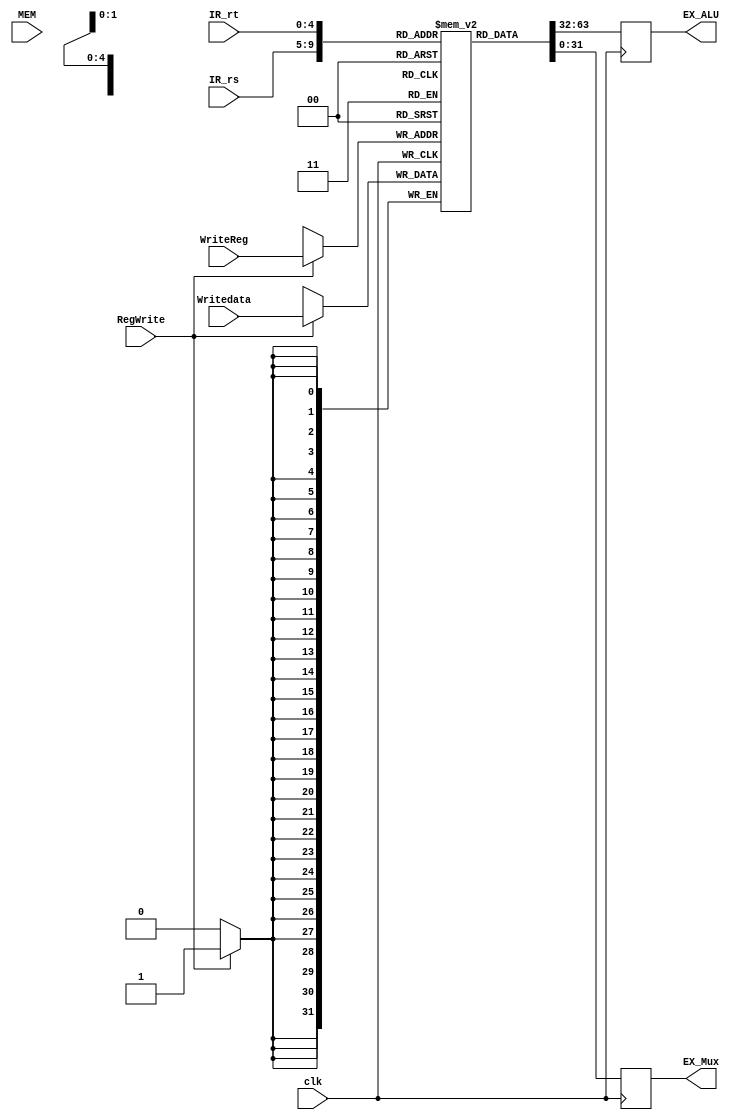
// Register File Code for the IEStage
// This code has two parts of it
// 1.) the first part that happens on the posedge of the clk will write data into one of the 32 bit registers only if the the control bit RegWrite is 1
//  if it is 1 it will take the WriteData (from the mux of the WBstage) and store it into the REG position determined by the WriteReg which also comes from the WBStage
// 2.) the second part of the code which occurs on the negedge is the reading part
// here it takes in the IR values of rs and rt which corresponde to IR[25-21] and IR[20-16]
// then it will assign the data from those corresponding registers to the variables of EX_ALU and EX_Mux which named corrrectly will go to the EX stage for the ALU and Mux
// the commented out intial block was to test this code for one of the labs which was for assigning intial values to the Registers
// this was replaced by the first part of this code


module Register(
    output reg [31:0] EX_ALU,
    output reg [31:0] EX_Mux,
    input [4:0] IR_rs,
    input [4:0] IR_rt,
    input MEM,
    input RegWrite,
    input [31:0] Writedata,
    input [4:0] WriteReg,
    input clk
    );
    
    reg [31:0] REG[0:31];
    
    always @(posedge clk)
        begin
        if(RegWrite == 1)
            begin
                REG[WriteReg] <= Writedata;
            end
        end
//    initial
//        begin
//        REG[0] = 32'hA00000AA;
//        REG[1] = 32'h10000011;
//        REG[2] = 32'h20000022;
//        REG[3] = 32'h30000033;
//        REG[4] = 32'h40000044;
//        REG[5] = 32'h50000055;
//        REG[6] = 32'h60000066;
//        REG[7] = 32'h70000077;
//        REG[8] = 32'h80000088;
//        REG[9] = 32'h90000099;       
//        REG[10] = 32'hA00000AA;
//        REG[11] = 32'h10000011;
//        REG[12] = 32'h20000022;
//        REG[13] = 32'h30000033;
//        REG[14] = 32'h40000044;
//        REG[15] = 32'h50000055;
//        REG[16] = 32'h60000066;
//        REG[17] = 32'h70000077;
//        REG[18] = 32'h80000088;
//        REG[19] = 32'h90000099;       
//        REG[20] = 32'hA00000AA;
//        REG[21] = 32'h10000011;
//        REG[22] = 32'h20000022;
//        REG[23] = 32'h30000033;
//        REG[24] = 32'h40000044;
//        REG[25] = 32'h50000055;
//        REG[26] = 32'h60000066;
//        REG[27] = 32'h70000077;
//        REG[28] = 32'h80000088;
//        REG[29] = 32'h90000099;
//        REG[30] = 32'hA00000AA;
//        REG[31] = 32'h10000011;
//        end
        
     always @(negedge clk)
        begin
            EX_ALU <= REG[IR_rs];
            EX_Mux <= REG[IR_rt];
        end
            
endmodule